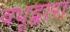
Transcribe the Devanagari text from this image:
वधूद्वारा